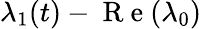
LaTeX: \lambda_{1}(t)-\mathrm{~R~e~}(\lambda_{0})